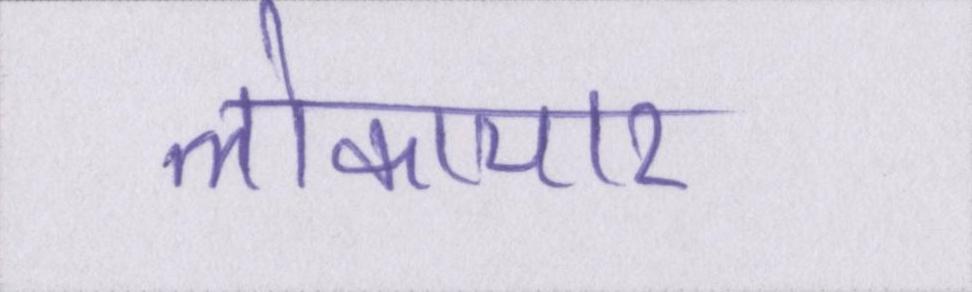
लोकाचार